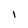
Character: l